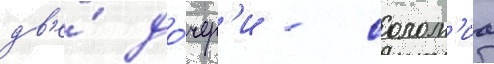
дв'е́ до́чер'и - солом'иа